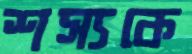
শস্যকে